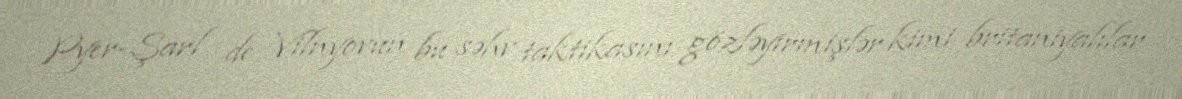
Pyer-Şarl de Vilnyovun bu səhv taktikasını gözləyirmişlər kimi britaniyalılar